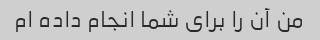
من آن را برای شما انجام داده ام